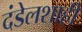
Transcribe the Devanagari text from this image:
दंडेलशाही